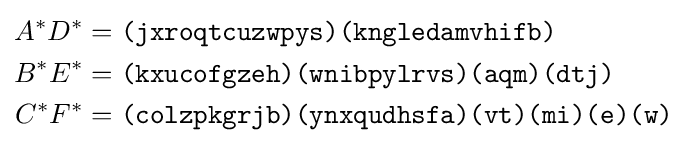
{\begin{aligned}A^{*}D^{*}&={\texttt {(jxroqtcuzwpys)(kngledamvhifb)}}\\B^{*}E^{*}&={\texttt {(kxucofgzeh)(wnibpylrvs)(aqm)(dtj)}}\\C^{*}F^{*}&={\texttt {(colzpkgrjb)(ynxqudhsfa)(vt)(mi)(e)(w)}}\\\end{aligned}}